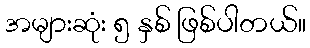
အများဆုံး ၅ နှစ် ဖြစ်ပါတယ်။